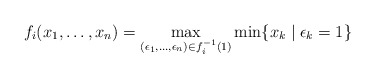
\begin{align*}f_i(x_1,\dots,x_n) = \max_{(\epsilon_1,\dots,\epsilon_n)\in f_i^{-1}(1)} \min \{x_k\mid \epsilon_k=1\}\end{align*}